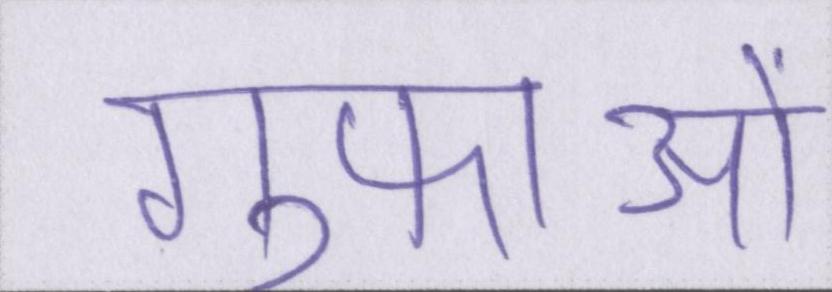
गुफाओं